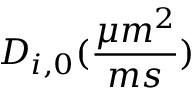
D _ { i , 0 } ( \frac { \mu m ^ { 2 } } { m s } )